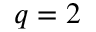
q = 2